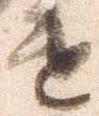
遣